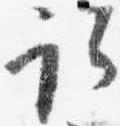
取